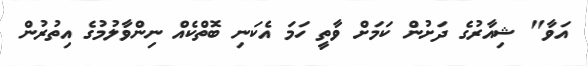
އަވާ" ޝިއާރުގެ ދަށުން ކަމަށް ވާތީ ހަމަ އެކަނި ބޮތްކެއް ނިންވާލުމުގެ އިތުރުން